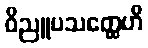
ဝိညူပသတ္ထေဟိ